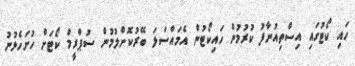
ހައި ކޯޓުގައި އިސްތިއުނާފު ކުރުމުން ހައިކޯޓުން އެމައްސަލަ ބޭރުކޮށްލުމުން ސުޕްރީމް ކޯޓަށް ހުށަހެޅުނު